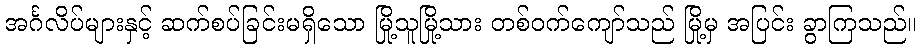
အင်္ဂလိပ်များနှင့် ဆက်စပ်ခြင်းမရှိသော မြို့သူမြို့သား တစ်ဝက်ကျော်သည် မြို့မှ အပြင်း ခွာကြသည်။